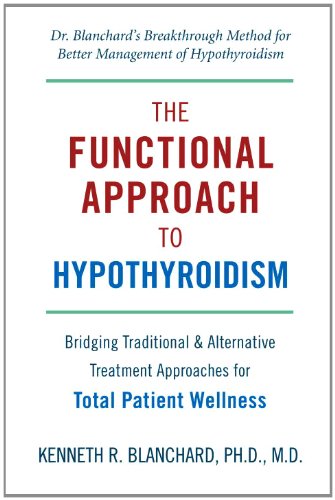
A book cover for Functional Approach to Hypothyroidism: Bridging Traditional and Alternative Treatment Approaches for Total Patient Wellness; Kenneth Blanchard M.D.; Health, Fitness & Dieting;